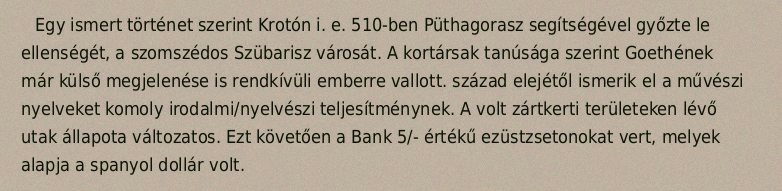
Egy ismert történet szerint Krotón i. e. 510-ben Püthagorasz segítségével győzte le ellenségét, a szomszédos Szübarisz városát. A kortársak tanúsága szerint Goethének már külső megjelenése is rendkívüli emberre vallott. század elejétől ismerik el a művészi nyelveket komoly irodalmi/nyelvészi teljesítménynek. A volt zártkerti területeken lévő utak állapota változatos. Ezt követően a Bank 5/- értékű ezüstzsetonokat vert, melyek alapja a spanyol dollár volt.